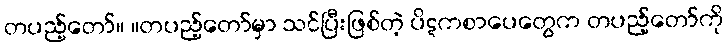
တပည့်တော်။ ။တပည့်တော်မှာ သင်ပြီးဖြစ်တဲ့ ပိဋကစာပေတွေက တပည့်တော်ကို